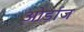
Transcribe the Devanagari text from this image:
ओर्डाज